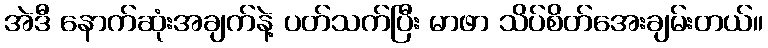
အဲဒီ နောက်ဆုံးအချက်နဲ့ ပတ်သက်ပြီး မာဖာ သိပ်စိတ်အေးချမ်းတယ်။